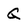
Character: G